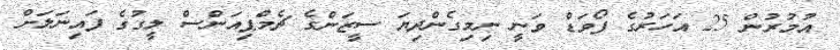
އުމުރުން 25 އަހަރުގެ ފޯވަޑް ވަނީ ނިމިގެންދިޔަ ސީޒަންގެ ޗެމްޕިއަންސް ލީގުގެ ފައިނަލަށް